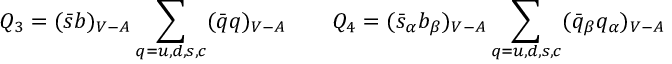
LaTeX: Q _ { 3 } = ( \bar { s } b ) _ { V - A } \sum _ { q = u , d , s , c } ( \bar { q } q ) _ { V - A } ~ ~ ~ ~ ~ ~ Q _ { 4 } = ( \bar { s } _ { \alpha } b _ { \beta } ) _ { V - A } \sum _ { q = u , d , s , c } ( \bar { q } _ { \beta } q _ { \alpha } ) _ { V - A }